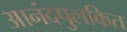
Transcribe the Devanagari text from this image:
आनंदपुलकित